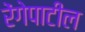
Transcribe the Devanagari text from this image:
रेंगेपाटील